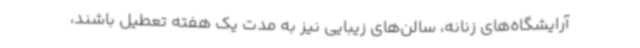
آرایشگاه‌های زنانه، سالن‌های زیبایی نیز به مدت یک هفته تعطیل باشند،